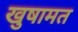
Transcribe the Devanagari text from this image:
खुषामत